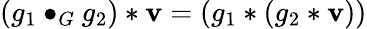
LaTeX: (g_{1}\bullet_{G}g_{2})*\mathbf{v}=(g_{1}*(g_{2}*\mathbf{v}))